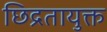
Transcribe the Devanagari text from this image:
छिद्रतायुक्त